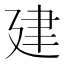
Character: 建